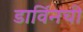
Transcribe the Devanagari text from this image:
डार्विनची